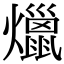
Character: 爉